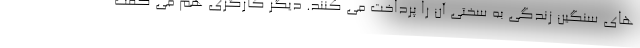
های سنگین زندگی به سختی آن را پرداخت می کنند. دیگر کارگری هم می گفت